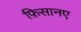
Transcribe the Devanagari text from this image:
फ़िसानए